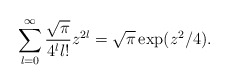
\begin{align*}\sum_{l=0}^\infty \frac{\sqrt{\pi}}{4^l l!}z^{2l}=\sqrt{\pi}\exp(z^2/4).\end{align*}